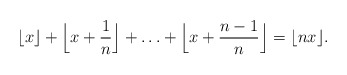
\begin{align*} \lfloor x \rfloor + \Big\lfloor x + \frac1n \Big\rfloor + \ldots + \Big\lfloor x + \frac{n-1}n \Big\rfloor = \lfloor nx \rfloor. \end{align*}